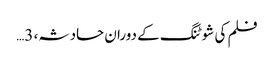
فلم کی شوٹنگ کے دوران حادثہ، 3…